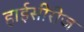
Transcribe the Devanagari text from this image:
हाईसीरीज